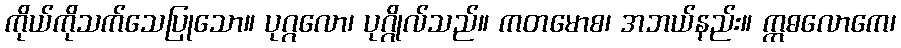
ကိုယ်ကိုသက်သေပြုသော။ ပုဂ္ဂလော၊ ပုဂ္ဂိုလ်သည်။ ကတမောစ၊ အဘယ်နည်း။ ဣဓလောကေ၊